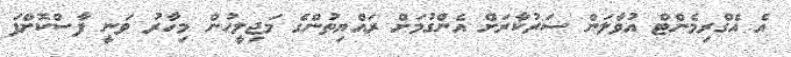
އެ އެގްރިމެންޓް އުވާލަން ސަރުކާރަށް އެންގުމަށް ރައްޔިތުންގެ މަޖިލީހުން މިހާރު ވަނީ ފާސްކޮށްފަ